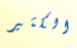
الكثير